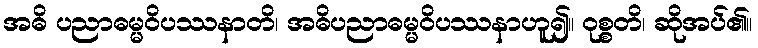
အဓိ ပညာဓမ္မဝိပဿနာတိ၊ အဓိပညာဓမ္မဝိပဿနာဟူ၍။ ဝုစ္စတိ၊ ဆိုအပ်၏။